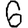
Digit: 6